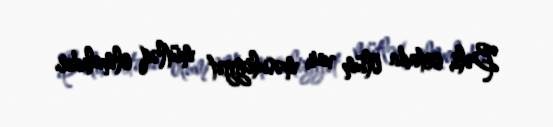
Bəli, ortada ölüm var, məsuliyyət mütləq olmalıdır.